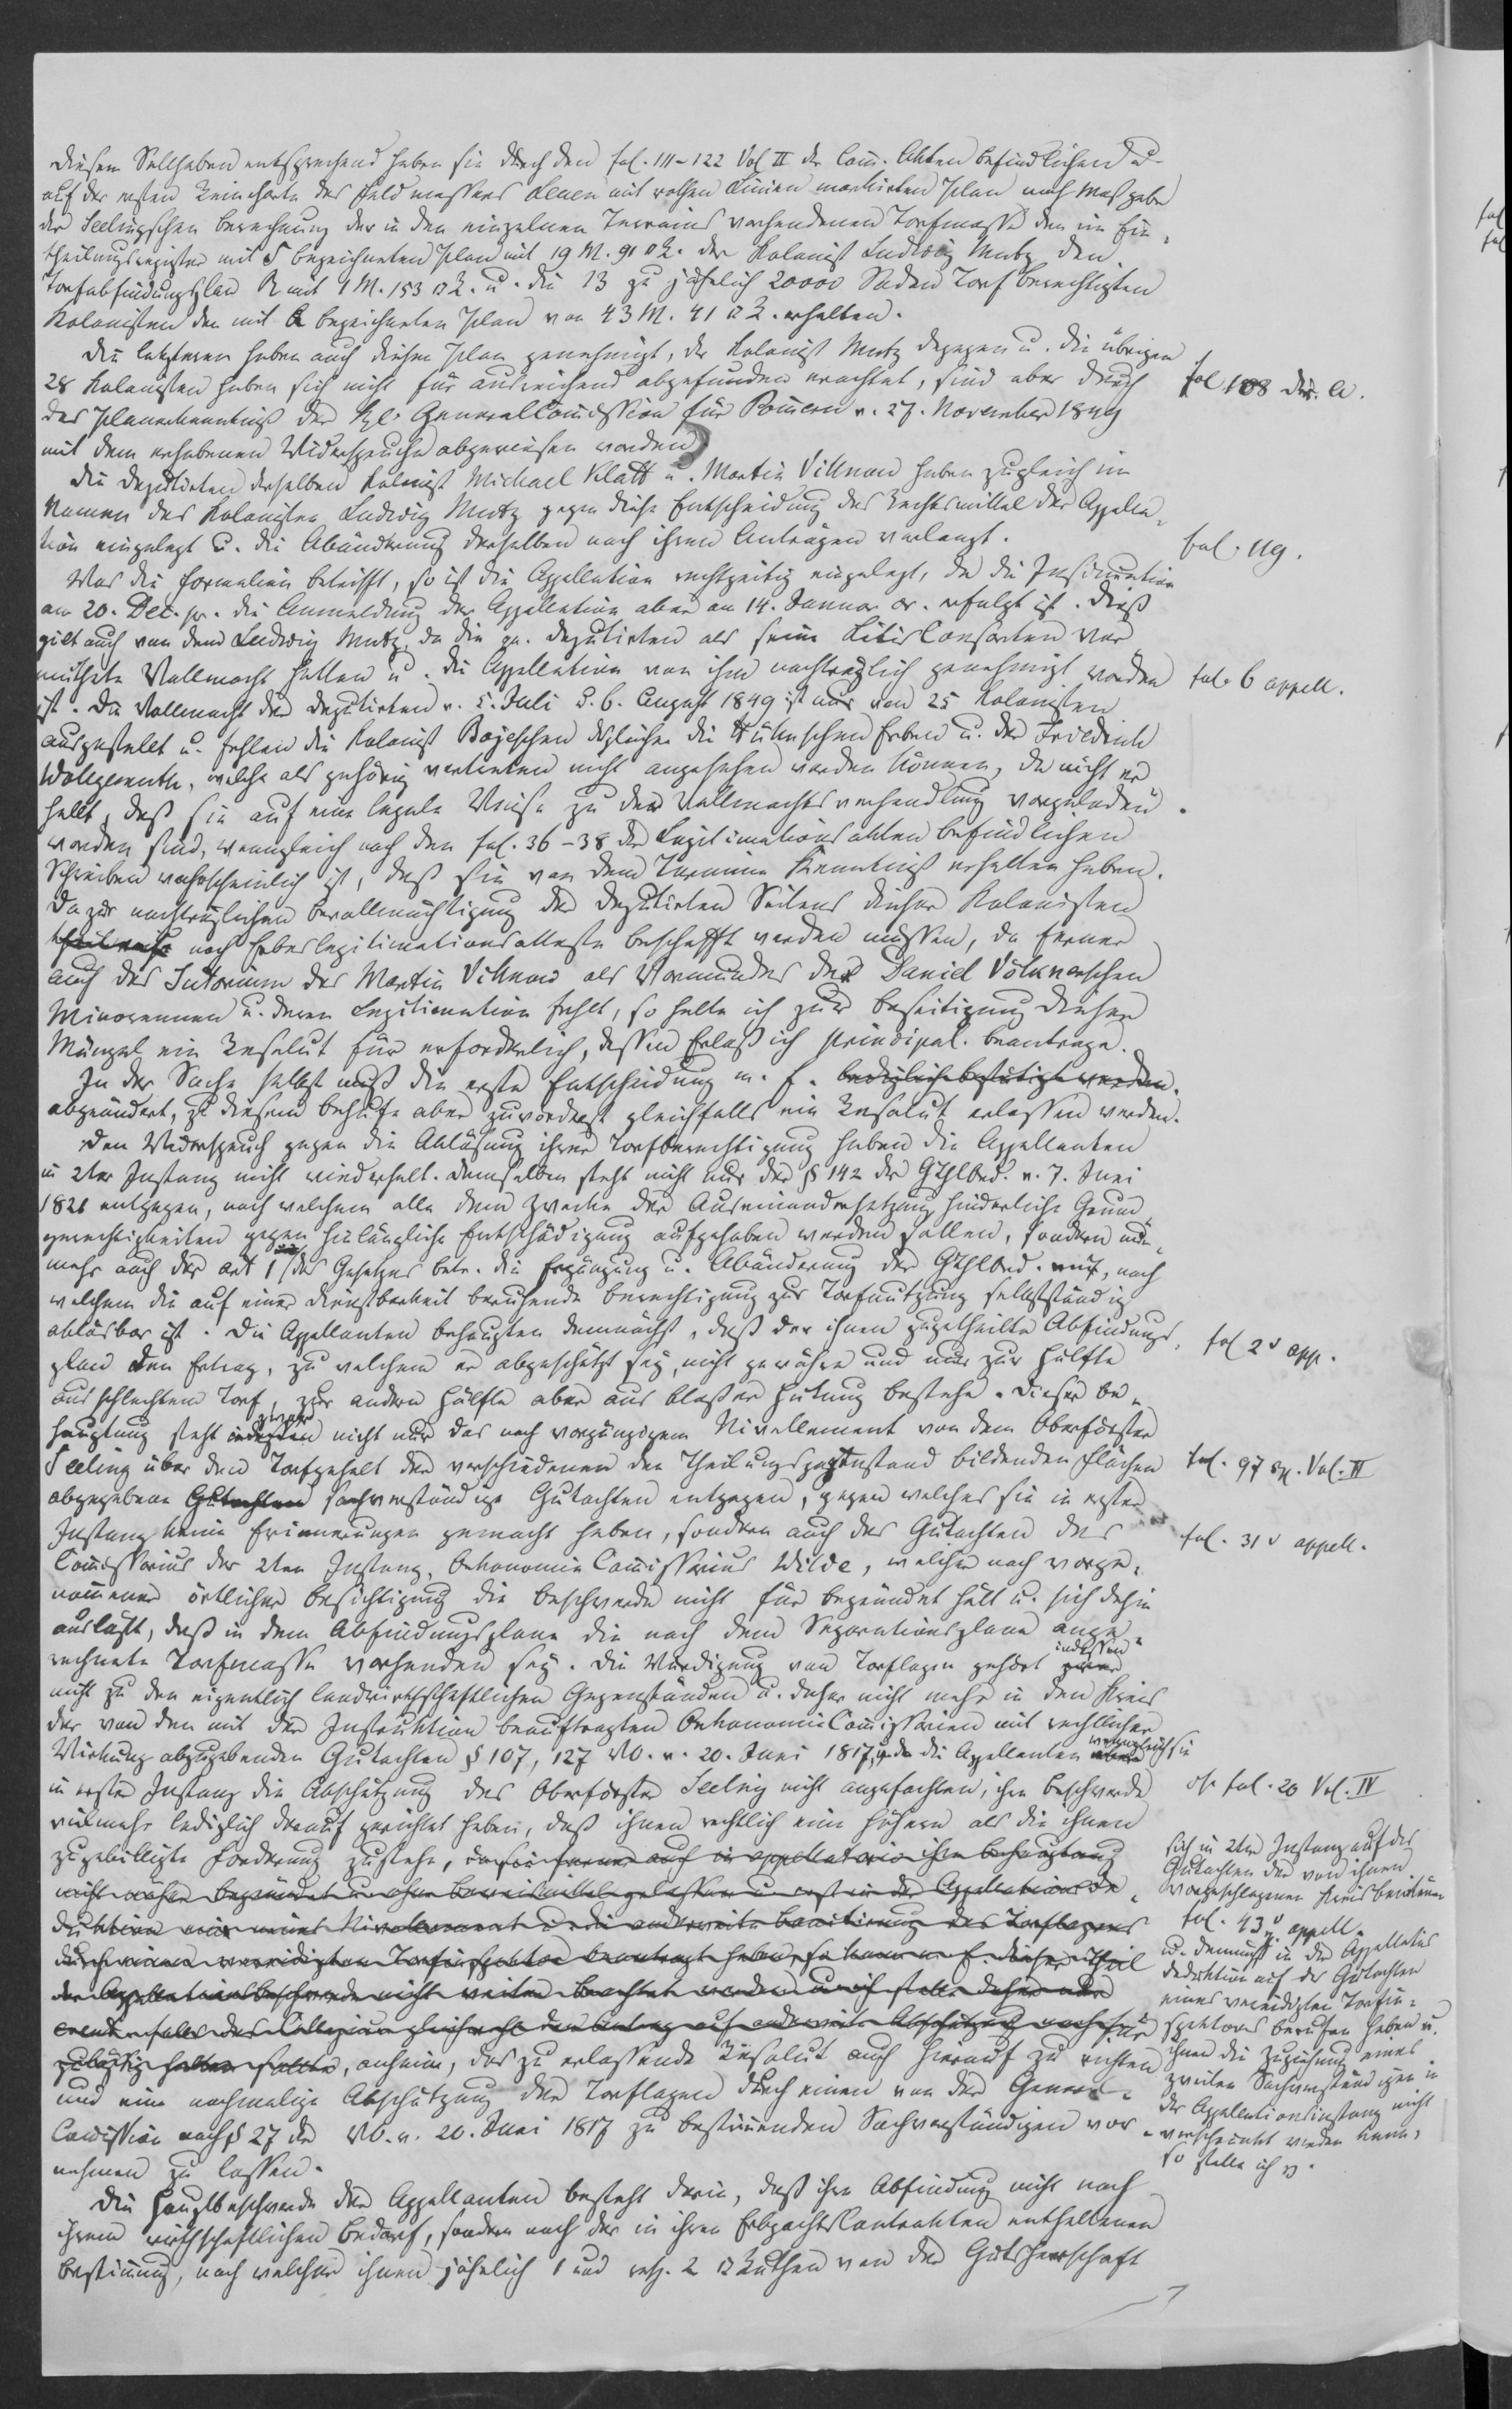
Diesem Sollhaben entsprechend haben sie durch den fol. 111-122 Vol II der Comm. Akten befindlichen da¬
auf der ersten Reincharte des Feldmessers Lenen mit rothen Linien markirten Plan nach Maßgabe
der Seelingschen Berechnung der in den einzelnen Terrains vorhandenen Torfmasse den im Ein¬
theilungsregister mit 5 bezeichneten Plan mit 19 M. 91 ⁠ R. der Kolonist Ludwig Mutz den
Torfabfindungsplan A mit 1 M. 153 ⁠ R. u. die 13 zu jährlich 20000 Soden Torf berechtigten
Kolonisten den mit A bezeichneten Plan von 43 M. 41 ⁠ R. erhalten.
Die letzteren haben auch diesen Plan genehmigt, der Kolonist Mutz dagegen u. die übrigen
28 Kolonisten haben sich nicht für ausreichend abgefunden erachtet, sind aber durch
Planerkenntniß der kl. General Commission für Pommern v. 27. November 1849
mit dem erhobenen Widerspruche abgewiesen worden.
Die Deputirten deselben Kolonist Michael Klatt u. Martin Villnow haben zugleich im
Namen des Kolonisten Ludwig Mutz gegen diese Entscheidung das Rechtsmittel der Appella¬
tion eingelegt u. die Abänderung derselben nach ihren Anträgen verlangt.
Was die Formalien betrifft, so ist die Appellation rechtzeitig eingelegt, da die Insinuation
am 20. Dec. pr. die Anmeldung der Appellation aber an 14. Januar ac. erfolgt ist. Dieß
gilt auch von dem Ludwig Mutz, da die ge. Deputirten als seine Litis Consorten ver¬
muthete Vollmacht hatten u. die Appellation von ihm nachträglich genehmigt worden
ist. Die Vollmacht der Delegirten v. 5. Juli R. 6. August 1849 ist nur von 25 Kolonisten
ausgestellt u. fehlen die Kolonist Bojeschen desgleichen die Kühnschen Erben u. der Friedrich
Wollgemuth, welche als gehörig vertreten nicht angesehen werden können, da nicht er¬
hellt, daß sie auf eine legale Weise zu der Vollmachtsverhandlung vorgeladen
worden sind, wenngleich nach den fol. 36-38 der Legitimationsakten befindlichen
Schreiben wahrscheinlich ist, daß sie von dem Termine Kenntniß erhalten haben.
Da zur nachträglichen Bevollmächtigung der Deputirten Seitens dieser Kolonisten
theilweise noch Erbeslegitimationsatteste beschafft werden müssen, da ferner
auch das Tutorium des Martin Villnow als Vormundes des Daniel Völknerschen
Minorennen u. deren Legitimation fehlt, so halte ich zur Beseitigung dieser
Mängel ein Resolut für erforderlich, dessen Erlaß ich prinzipal beantrage.
In der Sache selbst muß die erste Entscheidung m. E. bedinglich bestätigt werden
abgeändert, zu diesem Behufe aber zuvorderst gleichfalls ein Resolut erlassen werden.
Den Widerspruch gegen die Ablösung ihrer Torfberechtigung haben die Appellanten
in 2ter Instanz nicht wiederholt. Demselben steht nicht nur der § 142 der GThlbed. v. 7. Juni
1826 entgegen, nach welchem alle dem Zwecke der Auseinandersetzung hinderliche Grund¬
gerechtigkeiten gegen hinlängliche Entschädigung aufgehoben werden sollen, sondern nun¬
mehr auch der Art 1 / des Gesetzes betr. die Ergänzung u. Abänderung der GThlbed., nach
welchem die auf einer Dienstbarkeit beruhende Berechtigung zur Torfnutzung selbstständig
ablösbar ist. Die Appellanten behaupten demnächst, daß der ihnen zugetheilte Abfindungs¬
plan den Ertrag, zu welchem er abgeschätzt sey, nicht gewähre und nur zur Hälfte
aus schlechtem Torf, zur andern Hälfte aber aus bloßer Hütung bestehe. Dieser Be¬
hauptung steht indessen zwar nicht nur das nach vorgängigem Nivellement von dem Oberförster
Seeling über den Torfgehalt der verschiedenen den Theilungsgegenstand bildenden Flächen
abgegebene Gutachten sachverständige Gutachten entgegen, gegen welches sie in erster
Instanz keine Erinnerungen gemacht haben, sondern auch das Gutachten des
Commissarius der 2ten Instanz, Oekonomie Commissarius Wilde, welcher nach vorge¬
nommener örtlicher Besichtigung die Beschwerde nicht für begründet hält u. sich dahin
auslässt, daß in dem Abfindungsplan die nach dem Separationsplan ange¬
rechnete Torfmasse vorhanden sey. Die Würdigung von Torflagen gehört zwar indessen
nicht zu den eigentlich landwirtschaftlichen Gegenständen u. daher nicht mehr in den Kreis
der von den mit der Instruktion beauftragten Oekonomie Commission mit rechtlicher
Wirkung abzugebenden Gutachten § 107, 127 VO. v. 20 Juni 1817, u. da die Appellanten aber wenngleich sie
in erster Instanz die Abschätzung des Oberförster Seeling nicht angefochten, ihre Beschwerde
vielmehr lediglich darauf gerichtet haben, daß ihnen rechtlich eine Höhere als die ihnen
zugebilligte Forderung zustehe, da sie ferner auch in appellatorio ihre Behauptung
nicht näher begründet u. ohne Beweismittel gelassen u. erst in der Appellations De¬
duktion ein reines Nivellement u. die anderweite Comtirung des Torflagers
durch einen vereidigten Torfinspektor beantragt haben, so kann m. E. dieser Theil
der Appellationsbeschwerde nicht weiter beachtet werden u. xxx stellt daher xxx
xxx das Collegium gleichwohl den Antrag auf anderweite Abschätzung noch für
zulässig halten sollte, anheim, das zu erlassende Resolut auch hierauf zu richten
und eine nochmalige Abschätzung der Torflagen durch einen von der General
Commission nach § 27 der VO. v. 20. Juni 1817 zu bestimmenden Sachverständigen vor¬
nehmen zu lassen.
Die Hauptbeschwerde der Appellanten besteht darin, daß ihre Abfindung nicht nach
ihrem wirthschaftlichen Bedarf, sondern nach der in ihren Erbpachts Contrakten enthaltenen
Bestimmung, nach welcher ihnen jährlich 1 und resp. 2 ⁠ Ruthen von der Gutsherrschaft

fol. 108 xxx.
fol. 119.
fol. 6 appell.
fol 2v app.
fol. 97 xxx. Vol. II
fol. 31v appell.
cf. fol. 20 Vol. IV
sich in 2ter Instanz auf das
Gutachten der von ihnen
vorgeschlagenen Kreis xxx
fol. 43v appell.
u. demnächst in der Appellations
Deduktion auf das Gutachten
eines vereidigten Torfin¬
spektors berufen haben u.
ihnen die Zuziehung eines
zweiten Sachverständigen in
der Appellationsinstanz nicht
verschränkt werden kann,
so stelle ich es